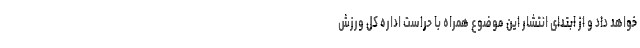
خواهد داد و از ابتدای انتشار این ‌موضوع همراه با حراست اداره کل ورزش